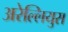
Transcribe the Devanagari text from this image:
अरेल्लियुस